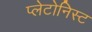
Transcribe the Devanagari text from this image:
प्लेटोनिस्ट